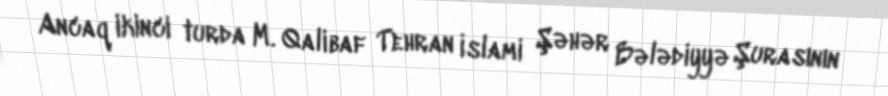
Ancaq ikinci turda M. Qalibaf Tehran İslami Şəhər Bələdiyyə Şurasının